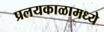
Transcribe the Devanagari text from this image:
प्रलयकाळामध्ये